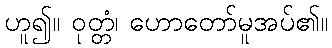
ဟူ၍။ ဝုတ္တံ၊ ဟောတော်မူအပ်၏။